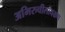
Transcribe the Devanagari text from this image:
अभिरुचीलावळण